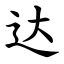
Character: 达